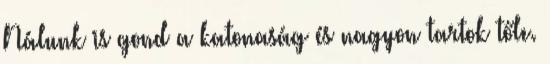
Nálunk is gond a katonaság és nagyon tartok tőle.